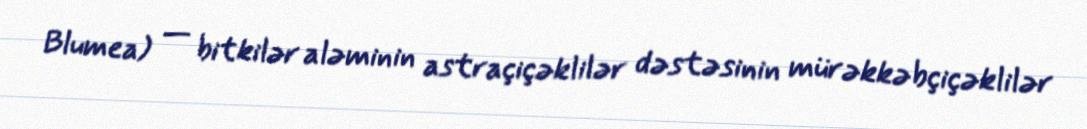
Blumea) — bitkilər aləminin astraçiçəklilər dəstəsinin mürəkkəbçiçəklilər